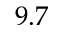
9 . 7